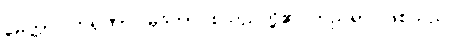
မေတ္တာ၊ ကရုဏာ၊ မုဒိတာ စသည်တို့၏ တည်ရာ ဖြစ်သည်။